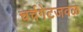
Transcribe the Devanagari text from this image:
चर्चगेटजवळ